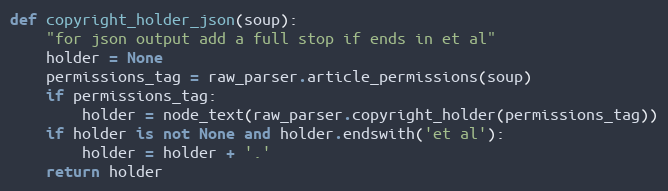
Language: Python
def copyright_holder_json(soup):
    "for json output add a full stop if ends in et al"
    holder = None
    permissions_tag = raw_parser.article_permissions(soup)
    if permissions_tag:
        holder = node_text(raw_parser.copyright_holder(permissions_tag))
    if holder is not None and holder.endswith('et al'):
        holder = holder + '.'
    return holder